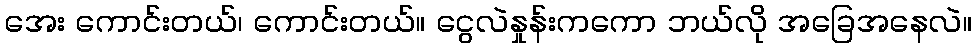
အေး ကောင်းတယ်၊ ကောင်းတယ်။ ငွေလဲနှုန်းကကော ဘယ်လို အခြေအနေလဲ။